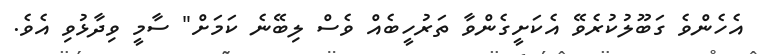
އެހެންވެ ގަބޫލުކުރެވޭ އެކަށީގެންވާ ތަރުހީބެއް ވެސް ލިބޭނެ ކަމަށް" ސާމީ ވިދާޅުވި އެވެ.